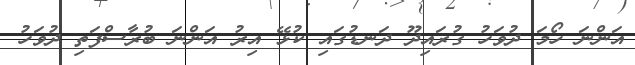
އަންނަ ހޯމަ ދުވަހު ގުރައިދޫ ދަނޑުގައި ކުޅޭ އިރު އަންނަ ބުރާސްފަތި ދުވަހު